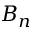
B _ { n }